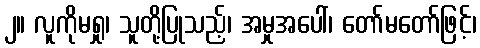
၂။ လူကိုမရှု၊ သူတို့ပြုသည့်၊ အမှုအပေါ်၊ တော်မတော်ဖြင့်၊